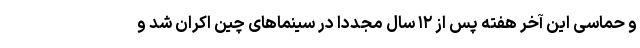
و حماسی این آخر هفته پس از ۱۲ سال مجددا در سینماهای چین اکران شد و